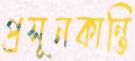
প্রসূনকান্তি